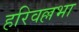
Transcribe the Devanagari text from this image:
हरिवल्लभा